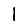
Digit: 1